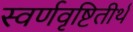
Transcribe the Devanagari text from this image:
स्वर्णवृष्टितीर्थ